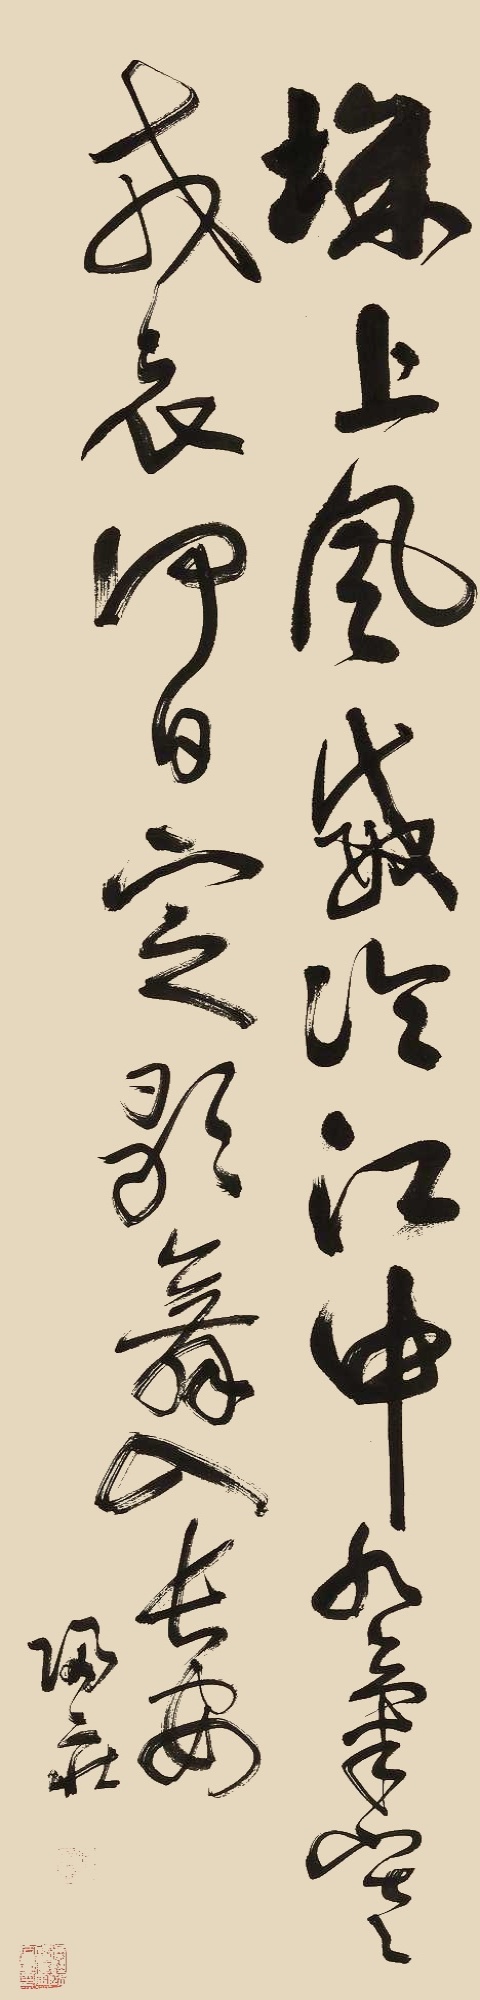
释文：城上风威冷，江中水气寒。戎衣何日定，歌舞入长安。归庄。